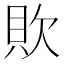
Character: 𰶷